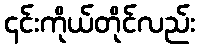
၎င်းကိုယ်တိုင်လည်း